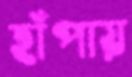
হাঁপায়